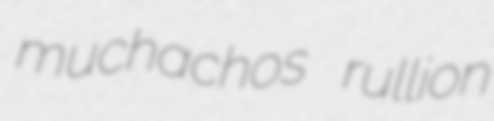
muchachos rullion